Annual report of the Imperial Bacteriologist
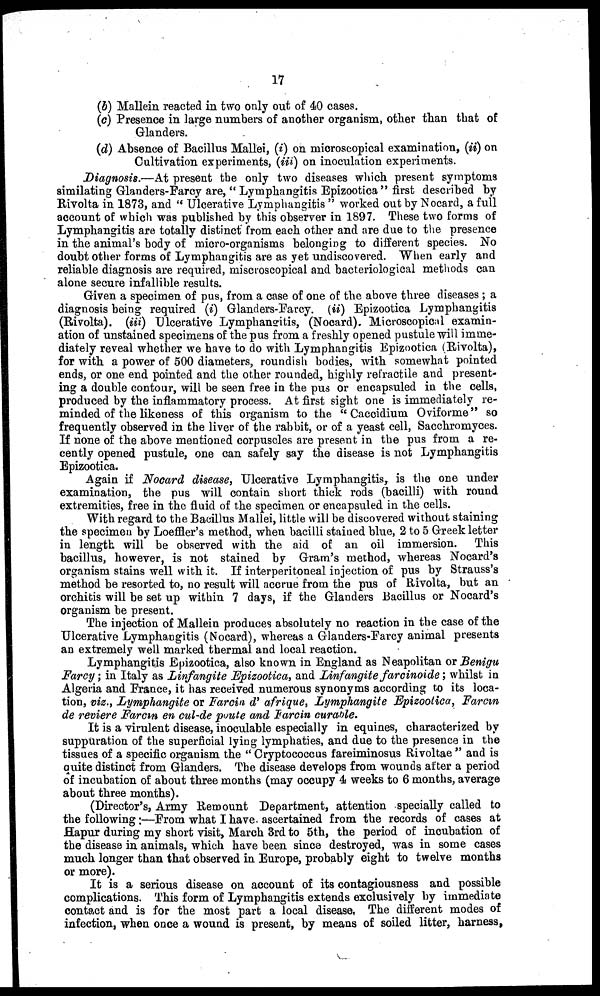
17
(b) Mallein reacted in two only out of 40 cases.
(c) Presence in large numbers of another organism, other than that of
Glanders.
(d) Absence of Bacillus Mallei, (i) on microscopical examination, (ii) on
Cultivation experiments, (iii) on inoculation experiments.
Diagnosis.—At present the only two diseases which present symptoms
similating Glanders-Farcy are, " Lymphangitis Epizootica" first described by
Rivolta in 1873, and " Ulcerative Lymphangitis " worked out by Nocard, a full
account of which was published by this observer in 1897. These two forms of
Lymphangitis are totally distinct from each other and are due to the presence
in the animal's body of micro-organisms belonging to different species. No
doubt other forms of Lymphangitis are as yet undiscovered. When early and
reliable diagnosis are required, miscroscopical and bacteriological methods can
alone secure infallible results.
Given a specimen of pus, from a case of one of the above three diseases ; a
diagnosis being required (i) Glanders-Farcy. (ii) Epizootica Lymphangitis
(Rivolta). (iii) Ulcerative Lymphangitis, (Nocard). Microscopical examin-
ation of unstained specimens of the pus from a freshly opened pustule will imme-
diately reveal whether we have to do with Lymphangitis Epizootica (Rivolta),
for with a power of 500 diameters, roundish bodies, with somewhat pointed
ends, or one end pointed and the other rounded, highly retractile and present-
ing a double contour, will be seen free in the pus or encapsuled in the cells,
produced by the inflammatory process. At first sight one is immediately re-
minded of the likeness of this organism to the " Caccidium Oviforme" so
frequently observed in the liver of the rabbit, or of a yeast cell, Sacchromyces.
If none of the above mentioned corpuscles are present in the pus from a re-
cently opened pustule, one can safely say the disease is not Lymphangitis
Epizootica.
Again if Nocard disease, Ulcerative Lymphangitis, is the one under
examination, the pus will contain short thick rods (bacilli) with round
extremities, free in the fluid of the specimen or encapsuled in the cells.
With regard to the Bacillus Mallei, little will be discovered without staining
the specimen by Loeffier's method, when bacilli stained blue, 2 to 5 Greek letter
in length will be observed with the aid of an oil immersion. This
bacillus, however, is not stained by Gram's method, whereas Nocard's
organism stains well with it. If interperitoneal injection of pus by Strauss's
method be resorted to, no result will accrue from the pus of Rivolta, but an
orchitis will be set up within 7 days, if the Glanders Bacillus or Nocard's
organism be present.
The injection of Mallein produces absolutely no reaction in the case of the
Ulcerative Lymphangitis (Nocard), whereas a Glanders-Farcy animal presents
an extremely well marked thermal and local reaction.
Lymphangitis Epizootica, also known in England as Neapolitan or Benigu
Farcy ; in Italy as Linfangite Epizootica, and Linfangite farcinoide ; whilst in
Algeria and France, it has received numerous synonyms according to its loca-
tion, viz., Lymphangite or Farcin d' afrique, Lymphangite Epizootica, Farcin
de reviere Farcin en cul-de poute and Farcin curable.
It is a virulent disease, inoculable especially in equines, characterized by
suppuration of the superficial lying lymphaties, and due to the presence in the
tissues of a specific organism the " Cryptococcus fareiminosus Rivoltae " and is
quite distinct from Glanders. The disease develops from wounds after a period
of incubation of about three months (may occupy 4 weeks to 6 months, average
about three months).
(Director's, Army Remount Department, attention specially called to
the following :—From what I have ascertained from the records of cases at
Hapur during my short visit, March 3rd to 5th, the period of incubation of
the disease in animals, which have been since destroyed, was in some cases
much longer than that observed in Europe, probably eight to twelve months
or more).
It is a serious disease on account of its contagiousness and possible
complications. This form of Lymphangitis extends exclusively by immediate
contact and is for the most part a local disease. The different modes of
infection, when once a wound is present, by means of soiled litter, harness,